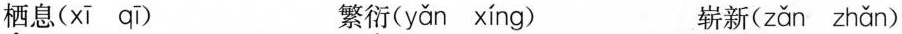
栖息( xī qī) 繁衍( yǎn xíng ) 崭新( zǎn zhǎn )